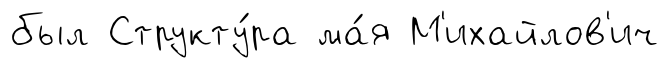
был Структу́ра ма́я М'ихайлов'ич